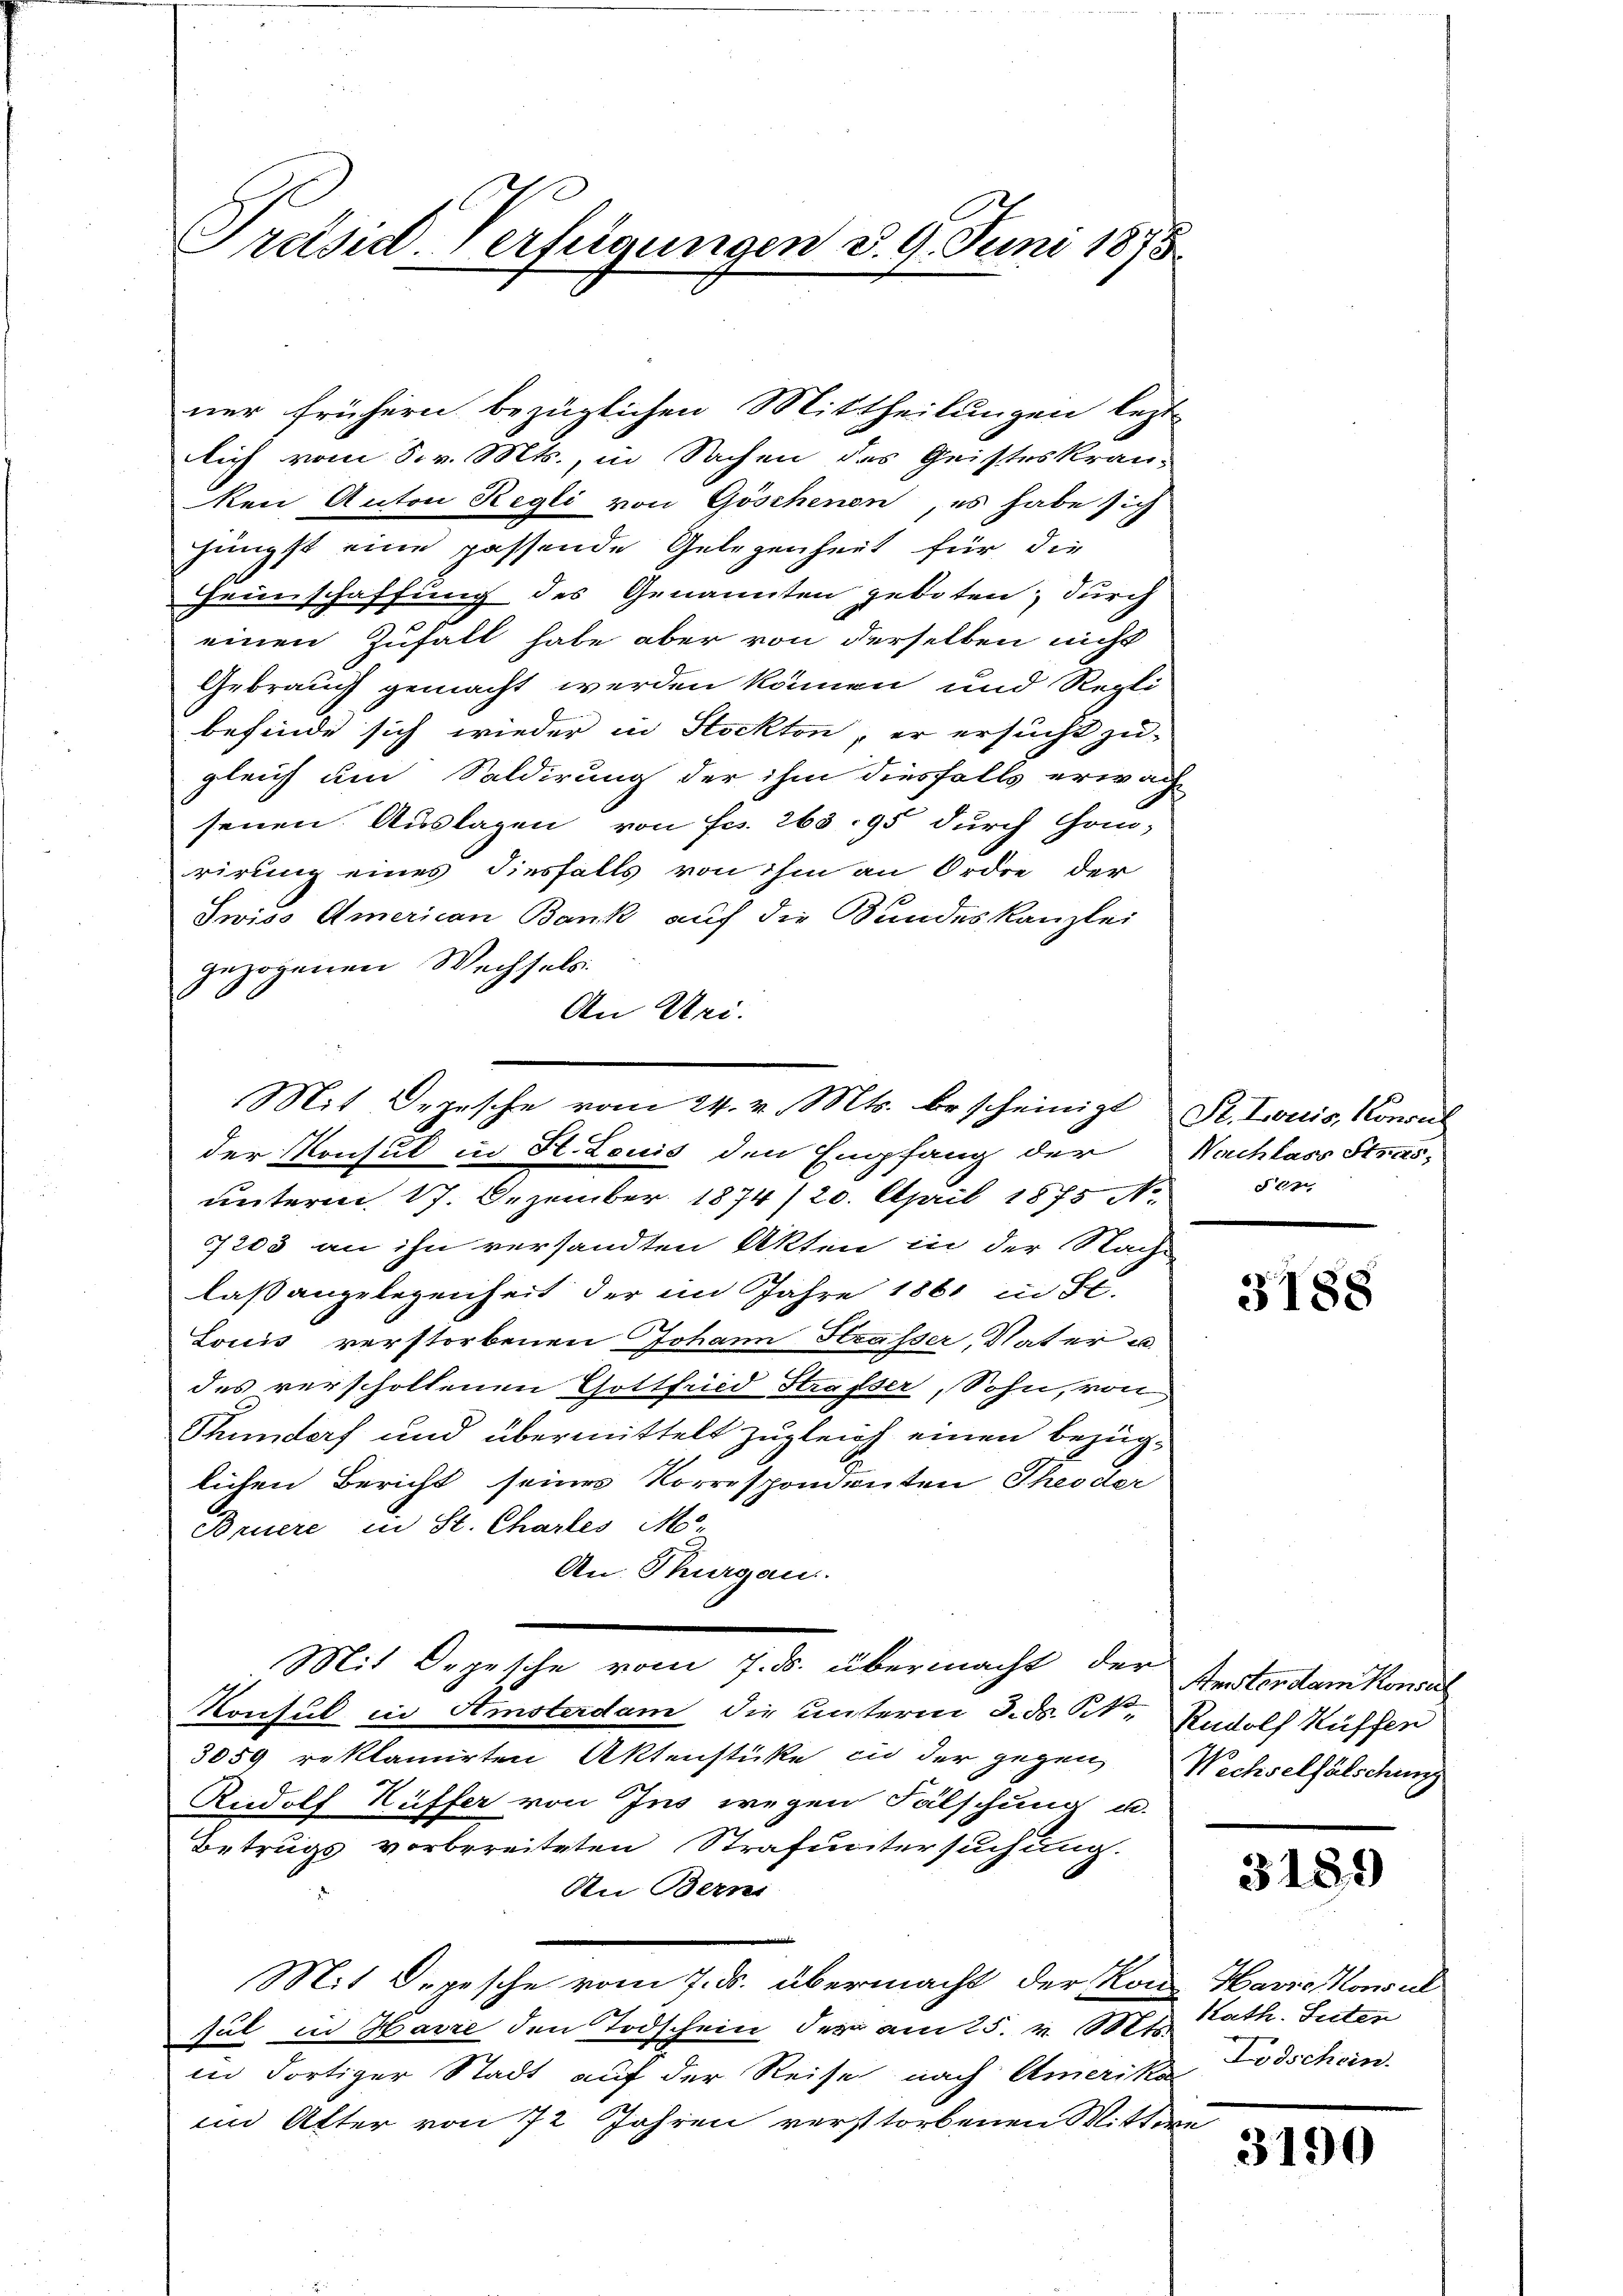
Präsid-Verfügungen d. 9. Juni 1875

ner frühern bezüglichen Mittheilungen lezt
lich vom 5. v. Mts., in Sachen des Geisteskranken Anton Regli von Göschenen, es habe sich
jüngst eine passende Gelegenheit für die
Geinschaffung des Genannten geboten; durch
einen Zufall habe aber von derselben nicht
Gebrauch gemacht werden können und Repli
befinde sich wieder in Stockten, er ersucht zu-
gleich um Saldirung der ihm diesfalls erwache
senen Auslagen von Fr. 263. 95 durch Com-
rirung eines diesfalls von ihm an Ordre der
Swiss American Bank auf die Bundeskanzlei
gezogenen Wechsels
An Uri.
unterm 17. Dezember 1874/20. April 1875 N
7203 an ihn versandten Akten in der Nach-
laßangelegenheit der im Jahre 1861 in Se.
Louis verstorbenen Johann Krasser, Vater u
des verscholtenen Gottfried Strafser, Sohn, von
Thundorf und übermittelt zugleich einen bezüglichen Bericht seines Korrespondenten Theoder
Bruere in St. Chartes Mo-
An Thurgau.
Mit Depesche vom 7. ds. übermacht der Ersterdam Konsul
Konsul in Amsterdam die unterm 8. d. K. Rudolf Kuffen
3059 reklamirten Aktenstücke in der gegen
Rudolf Kuffer von Ins wegen Fälschung u.
Betrugs vorbereiteten Strafuntersuchung.
An Berni
Mit Depesche vom 7. ds. übermacht der Kon-
sul in Havre den Todschein der am 25. v. Otto.
in dortiger Stadt auf der Reise nach Amerika
im Alter von 72 Jahren verstorbenen Mittwe

Mit Depesche vom 24. v. Mts. bescheinigt St. Louis, Konsul
der Konsul in St. Louis den Empfang der Nachlass Stras¬

5e

3188

Wechselfälschung.

3189

Harro Konsul
Kath. Suten
Lodschein

3190